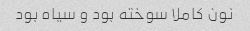
نون کاملا سوخته بود و سیاه بود